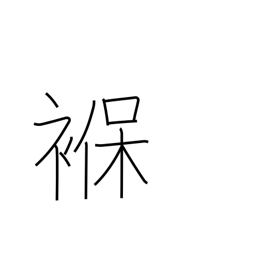
Meaning: diaper